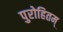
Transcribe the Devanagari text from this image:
पुरोहितम्